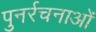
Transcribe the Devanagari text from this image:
पुनर्रचनाओं